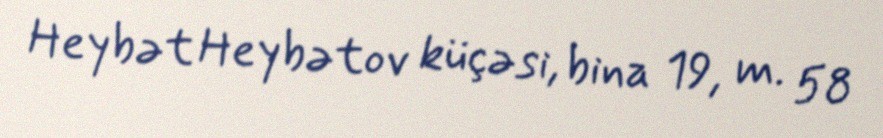
Heybət Heybətov küçəsi, bina 19, m. 58